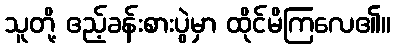
သူတို့ ဧည့်ခန်းစားပွဲမှာ ထိုင်မိကြလေ၏။